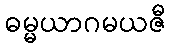
ဓမ္မယာဂမယဇီ